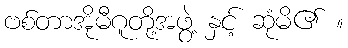
ဗစ်တာအိုမီဂူတို့အဖွဲ့ နှင့် ဆုံမိ၏ ။